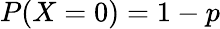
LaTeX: P(X=0)=1-p